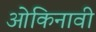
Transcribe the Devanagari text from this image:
ओकिनावी